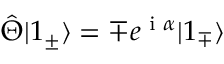
\hat { \Theta } | 1 _ { \pm } \rangle = \mp e ^ { \textrm { i } \alpha } | 1 _ { \mp } \rangle